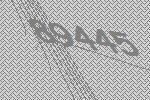
89445